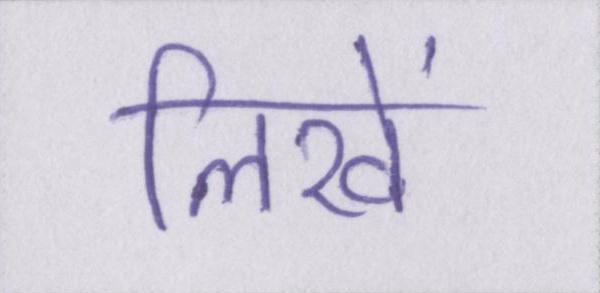
लिखें